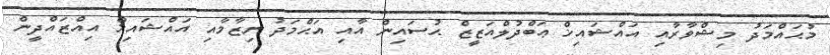
މުޙައްމަދު މިޝްވާރާއި އައްޝައިޚް ޢަބްދުލްއަޒީޒް ޙުސައިން އާއި އަޙްމަދު ނިޒާމާއި އައްޝައިޚް އިއްޒައްދީން